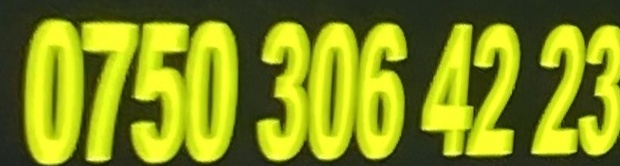
0750 306 42 23